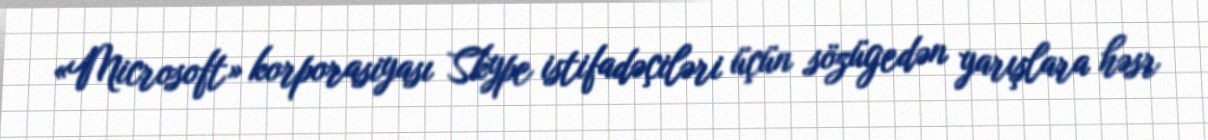
«Microsoft» korporasiyası Skype istifadəçiləri üçün sözügedən yarışlara həsr